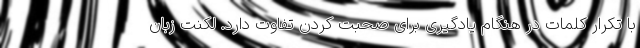
با تکرار کلمات در هنگام یادگیری برای صحبت کردن تفاوت دارد. لکنت زبان